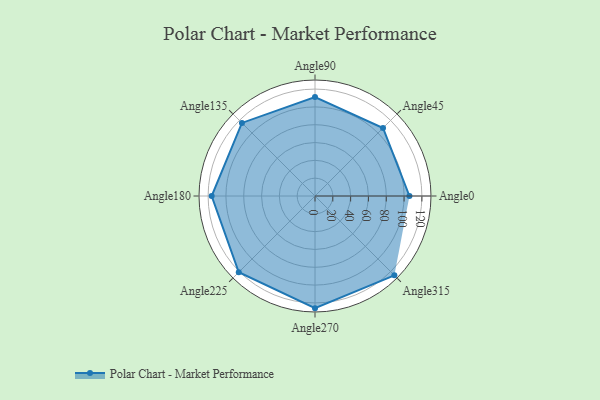
{"axis": {"x": "Angle", "y": "Radius"}, "legend": [""], "data": [{"x": "Angle0", "y": 106.0, "type": ""}, {"x": "Angle45", "y": 108.0, "type": ""}, {"x": "Angle90", "y": 111.0, "type": ""}, {"x": "Angle135", "y": 116.0, "type": ""}, {"x": "Angle180", "y": 116.0, "type": ""}, {"x": "Angle225", "y": 121.0, "type": ""}, {"x": "Angle270", "y": 126.0, "type": ""}, {"x": "Angle315", "y": 126.0, "type": ""}]}